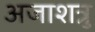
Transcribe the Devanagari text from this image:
अजाशत्रु